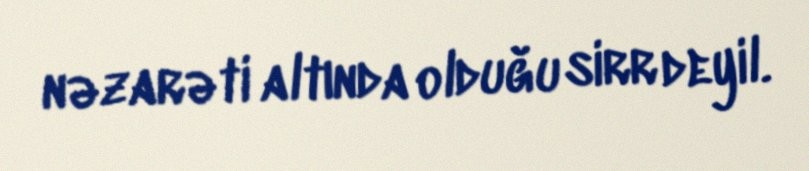
nəzarəti altında olduğu sirr deyil.